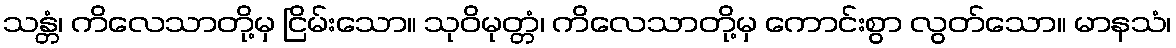
သန္တံ၊ ကိလေသာတို့မှ ငြိမ်းသော။ သုဝိမုတ္တံ၊ ကိလေသာတို့မှ ကောင်းစွာ လွတ်သော။ မာနသံ၊